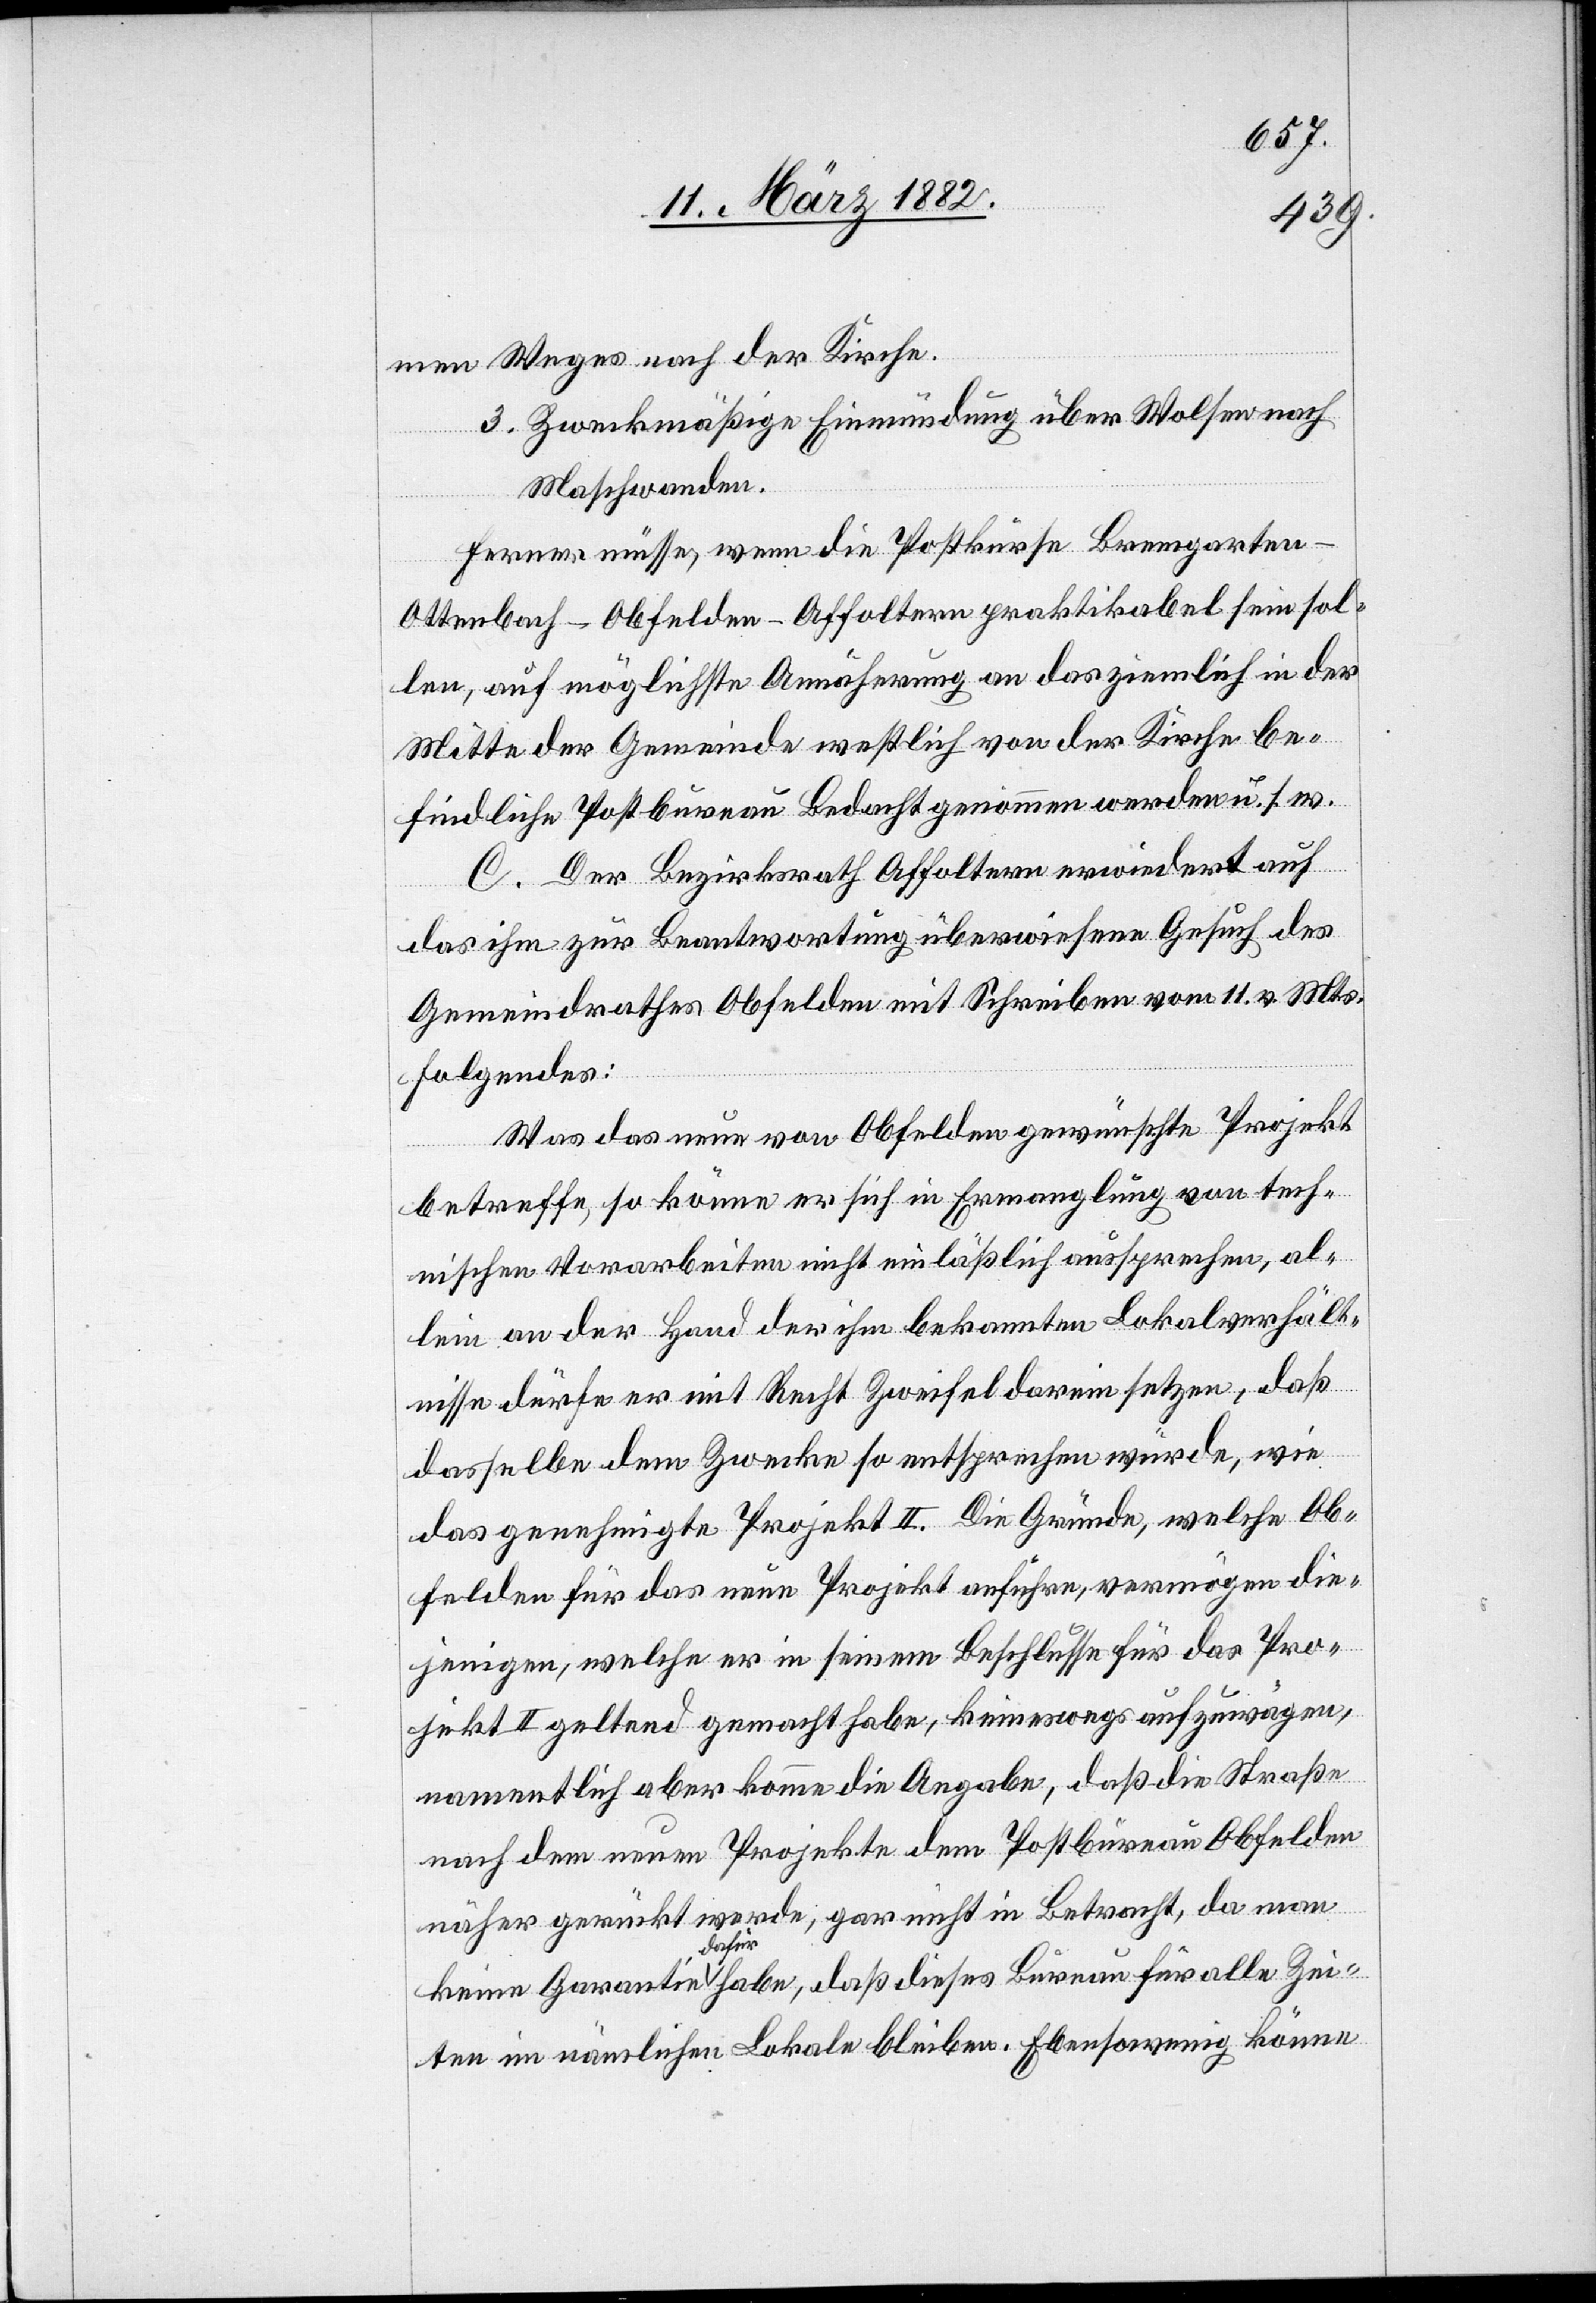
men Weges nach der Kirche.
3. Zweckmäßige Einmündung über Wolsen nach
Maschwanden.
Ferner müsse, wenn die Postkurse Bremgarten–O¬
ttenbach–Obfelden–Affoltern praktikabel sein sol¬
len, auf möglichste Annäherung an das ziemlich in der
Mitte der Gemeinde westlich von der Kirche be¬
findliche Postbureau Bedacht genommen werden u. s.
C. Der Bezirksrath Affoltern erwiedert auf
das ihm zur Beantwortung überwiesene Gesuch des
Gemeindrathes Obfelden mit Schreiben vom 11. v. Mts.
folgendes:
Was das neu von Obfelden gewünschte Projekt
betreffe, so könne er sich in Ermangelung von tech¬
nischen Vorarbeiten nicht einläßlich aussprechen, al¬
lein an der Hand der ihm bekannten Lokalverhält¬
nisse dürfe er mit Recht Zweifel darin setzen, daß
dasselbe dem Zwecke so entsprechen würde, wie
das genehmigte Projekt II. Die Gründe, welche Ob¬
felden für das neue Projekt anführe, vermögen die¬
jenigen, welche er in seinem Beschlusse für das Pro¬
jekt II geltend gemacht habe, keineswegs aufzuwägen,
namentlich aber komme die Angabe, daß die Straße
nach dem neuen Projekte dem Postbureau Obfelden
näher gerückt werde, gar nicht in Betracht, da man
dieses
Zeiten im nämlichen Lokale bleibe. Ebensowenig könne